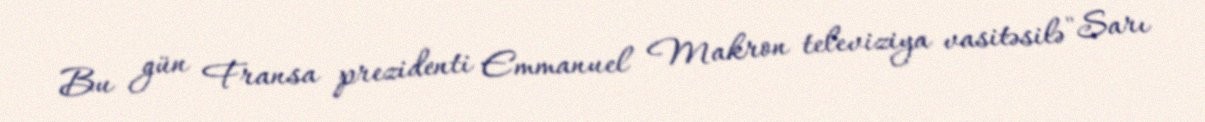
Bu gün Fransa prezidenti Emmanuel Makron televiziya vasitəsilə "Sarı